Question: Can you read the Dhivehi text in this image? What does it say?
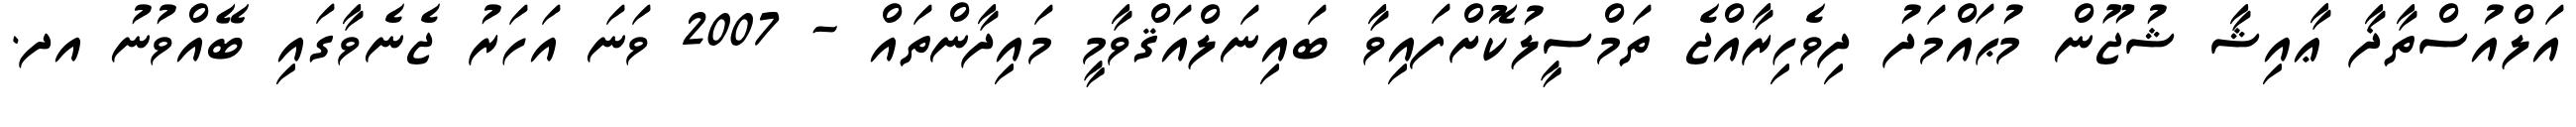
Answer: އަލްއުސްތާޛާ ޢާއިޝާ ޝުޖޫން މުޙައްމަދު ދިވެހިރާއްޖެ ތަމްސީލުކޮށްފައިވާ ބައިނަލްއަޤްވާމީ މައިދާންތައް - 2007 ވަނަ އަހަރު ޖެނެވާގައި ބޭއްވުނު އދ.